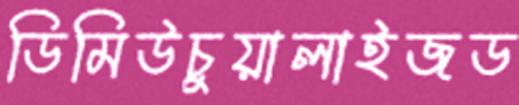
ডিমিউচুয়ালাইজড